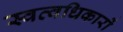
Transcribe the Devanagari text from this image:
स्वत्वधिकारों